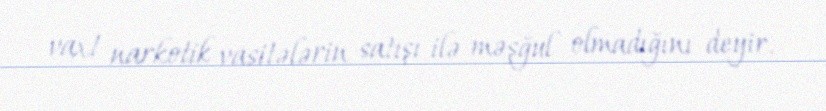
vaxt narkotik vasitələrin satışı ilə məşğul olmadığını deyir.